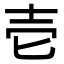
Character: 壱